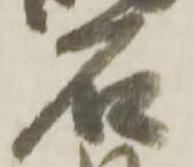
石